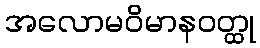
အလောမဝိမာနဝတ္ထု